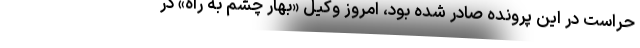
حراست در این پرونده صادر شده بود، امروز وکیل «بهار چشم به راه» در